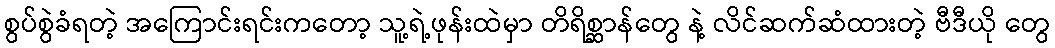
စွပ်စွဲခံရတဲ့ အကြောင်းရင်းကတော့ သူ့ရဲ့ဖုန်းထဲမှာ တိရိစ္ဆာန်တွေ နဲ့ လိင်ဆက်ဆံထားတဲ့ ဗီဒီယို တွေ